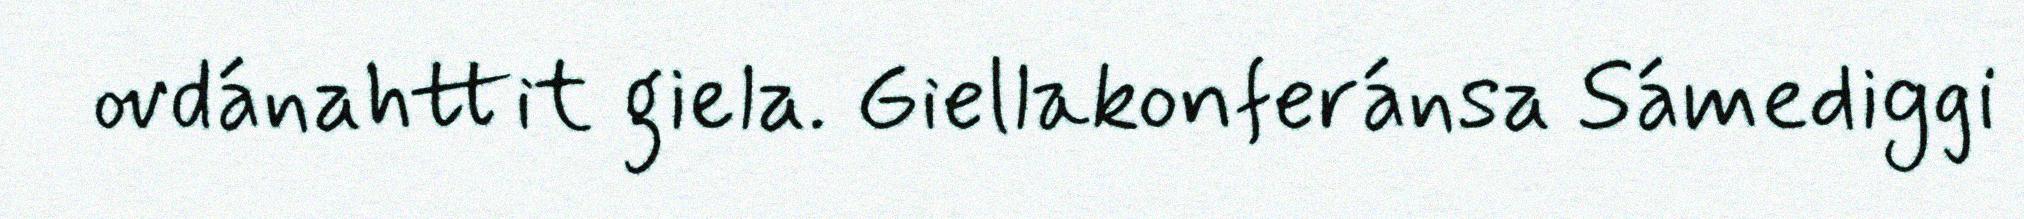
ovdánahttit giela. Giellakonferánsa Sámediggi